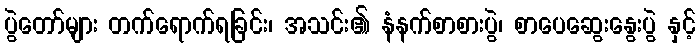
ပွဲတော်များ တက်ရောက်ရခြင်း၊ အသင်း၏ နံနက်စာစားပွဲ၊ စာပေဆွေးနွေးပွဲ နှင့်